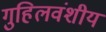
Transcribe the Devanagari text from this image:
गुहिलवंशीय